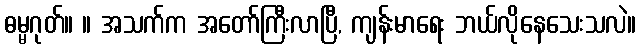
ဓမ္မဂုတ်။ ။ အသက်က အတော်ကြီးလာပြီ, ကျန်းမာရေး ဘယ်လိုနေသေးသလဲ။